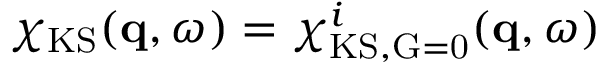
\chi _ { \mathrm { K S } } ( \mathbf { q } , \omega ) = \chi _ { \mathrm { K S , \vec { G } = 0 } } ^ { i } ( \mathbf { q } , \omega )